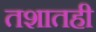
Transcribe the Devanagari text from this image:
तशातही